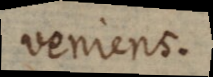
veniens.